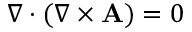
\nabla \cdot ( \nabla \times \mathbf { A } ) = 0